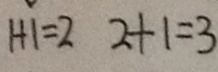
1 + 1 = 2 2 + 1 = 3